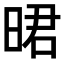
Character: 𣇉